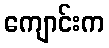
ကျောင်းက